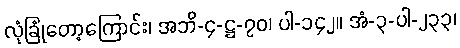
လုံခြုံတော့ကြောင်း၊ အဘိ-၄-ဋ္ဌ-၇၀၊ ပါ-၁၄၂။ အံ-၃-ပါ-၂၃၃၊